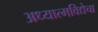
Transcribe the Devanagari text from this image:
अध्यात्मविद्येचा